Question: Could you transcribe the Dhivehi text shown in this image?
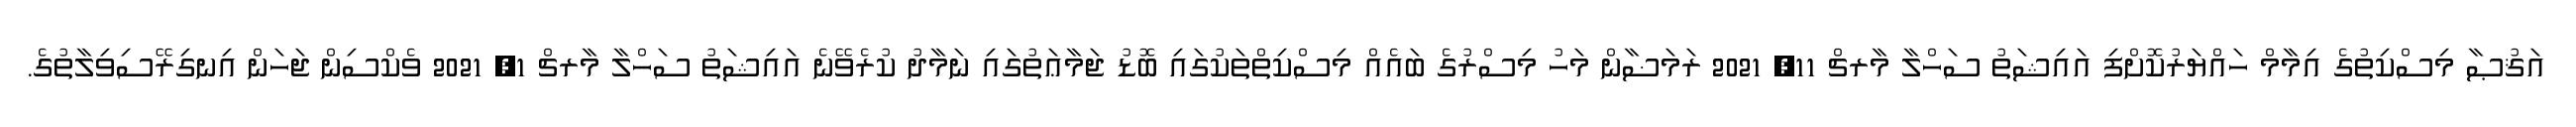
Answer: އަޤުޞާ މިސްކިތުގެ އިމާމް ހައްޔަރުކޮށްފި އައިޝަތު ސަހްލާ މާރޗް 11, 2021 ރަމަޟާން މަހު މިސްރުގެ ބައެއް މިސްކިތްތަކުގައި ބޮޑު ޖަމާޢަތުގައި ނަމާދު ކުރެވޭނެ އައިޝަތު ސަހްލާ މާރޗް 1, 2021 ވެކްސިން ޖަހަން އިނގިރޭސިވިލާތުގެ.